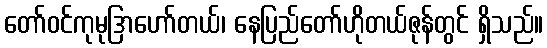
တော်ဝင်ကုမုဒြာဟော်တယ်၊ နေပြည်တော်ဟိုတယ်ဇုန်တွင် ရှိသည်။